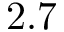
2 . 7